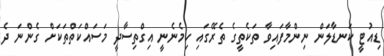
ޑިއުޓީ ކަނޑާލަން ނިންމާފައިވާ ތަކެތީގެ ތެރޭގައި ހިމެނެނީ އިގްތިސާދީ މަސައްކަތްތަކަށް ގެންނަ ދެ